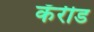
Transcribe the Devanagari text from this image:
कॅरीड